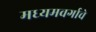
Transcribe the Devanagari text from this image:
मध्यमवर्गाचे